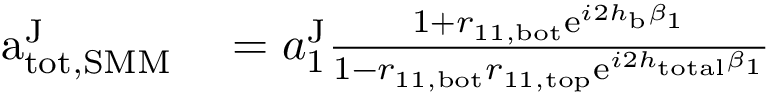
\begin{array} { r l } { \mathrm { a } _ { \mathrm { t o t , S M M } } ^ { \mathrm { J } } } & { { } = a _ { 1 } ^ { \mathrm { J } } \frac { 1 + r _ { 1 1 , \mathrm { b o t } } \mathrm { e } ^ { i 2 h _ { \mathrm { b } } \beta _ { 1 } } } { 1 - r _ { 1 1 , \mathrm { b o t } } r _ { 1 1 , \mathrm { t o p } } \mathrm { e } ^ { i 2 h _ { \mathrm { t o t a l } } \beta _ { 1 } } } } \end{array}